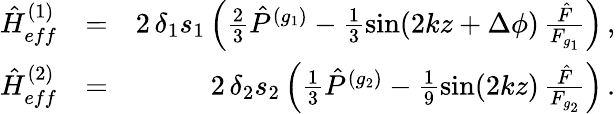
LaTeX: \begin{array}{rlr}{{\hat{H}}_{eff}^{(1)}}&{=}&{2\, \delta_{1}s_{1}\left(\frac{2}{3}{\hat{P}}^{(g_{1})}-\frac{1}{3}\sin(2kz+\Delta\phi)\, \frac{{\hat{F}}}{F_{g_{1}}}\right)\, ,}\\ {{\hat{H}}_{eff}^{(2)}}&{=}&{2\, \delta_{2}s_{2}\left(\frac{1}{3}{\hat{P}}^{(g_{2})}-\frac{1}{9}\sin(2kz)\, \frac{{\hat{F}}}{F_{g_{2}}}\right)\, .}\end{array}